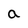
Character: a